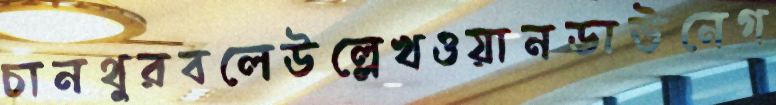
চানথুরবলেউল্লেখওয়ানডাউনেগ